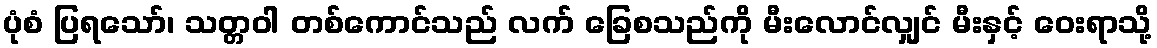
ပုံစံ ပြရသော်၊ သတ္တဝါ တစ်ကောင်သည် လက် ခြေစသည်ကို မီးလောင်လျှင် မီးနှင့် ဝေးရာသို့